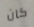
كان